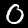
Digit: 0